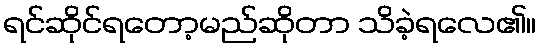
ရင်ဆိုင်ရတော့မည်ဆိုတာ သိခဲ့ရလေ၏။